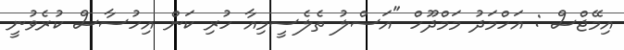
އިމޭޖްސް : އަހްމަދު މަމްދޫހް "އަސްލު ތެލެސީމިއާ ހުރި ކަން އިހުސާސް ކުރެވުނީ